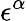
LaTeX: \epsilon^{\alpha}